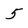
Character: 5